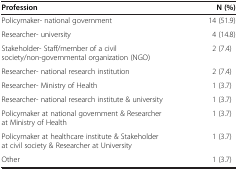
<table><thead><tr><td><b>Profession</b></td><td><b>N (%)</b></td></tr></thead><tbody><tr><td>Policymaker- national government</td><td>14 (51.9)</td></tr><tr><td>Researcher- university</td><td>4 (14.8)</td></tr><tr><td>Stakeholder- Staff/member of a civil society/non-governmental organization (NGO)</td><td>2 (7.4)</td></tr><tr><td>Researcher- national research institution</td><td>2 (7.4)</td></tr><tr><td>Researcher- Ministry of Health</td><td>1 (3.7)</td></tr><tr><td>Researcher- national research institute &amp; university</td><td>1 (3.7)</td></tr><tr><td>Policymaker at national government &amp; Researcher at Ministry of Health</td><td>1 (3.7)</td></tr><tr><td>Policymaker at healthcare institute &amp; Stakeholder at civil society &amp; Researcher at University</td><td>1 (3.7)</td></tr><tr><td>Other</td><td>1 (3.7)</td></tr></tbody></table>